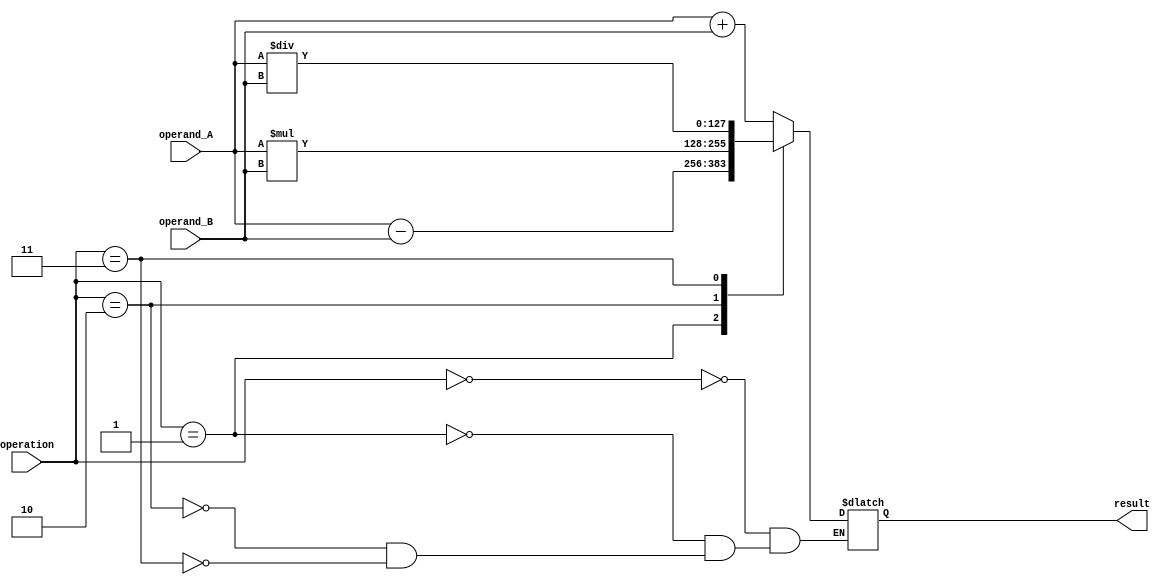
module quad_precision_float_unit (
    input wire [127:0] operand_A,
    input wire [127:0] operand_B,
    input wire [2:0] operation,
    output reg [127:0] result
);

// Components for addition, subtraction, multiplication, division operations

always @(*)
begin
    case(operation)
        3'b000: result = operand_A + operand_B; // Addition
        3'b001: result = operand_A - operand_B; // Subtraction
        3'b010: result = operand_A * operand_B; // Multiplication
        3'b011: result = operand_A / operand_B; // Division
    endcase
end

// Functionality for rounding and normalization
// Code for rounding and normalization functionality goes here

// Support for positive and negative numbers, infinity, NaN
// Code for supporting positive and negative numbers, infinity, and NaN goes here

endmodule